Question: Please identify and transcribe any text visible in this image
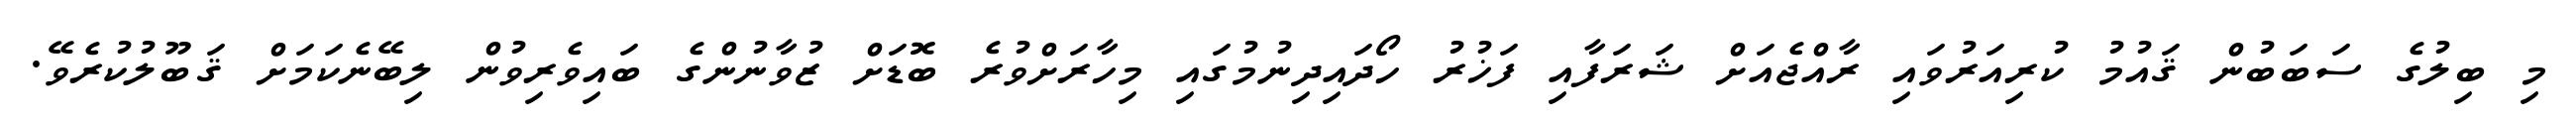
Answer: މި ބިލުގެ ސަބަބުން ޤައުމު ކުރިއަރުވައި ރާއްޖެއަށް ޝަރަފާއި ފަޚުރު ހޯދައިދިނުމުގައި މިހާރަށްވުރެ ބޮޑަށް ޒުވާނުންގެ ބައިވެރިވުން ލިބޭނެކަމަށް ޤަބޫލުކުރެވޭ.